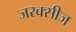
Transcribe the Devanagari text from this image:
जरक्सीज